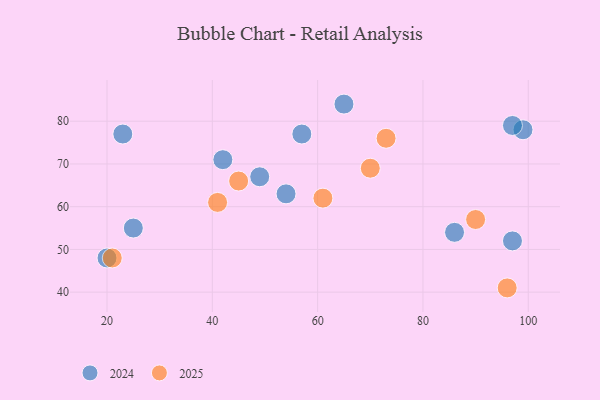
{"axis": {"x": "GDP", "y": "Life Expectancy"}, "legend": ["2024", "2025"], "data": [{"x": "65", "y": 84, "type": "2024"}, {"x": "57", "y": 77, "type": "2024"}, {"x": "25", "y": 55, "type": "2024"}, {"x": "42", "y": 71, "type": "2024"}, {"x": "23", "y": 77, "type": "2024"}, {"x": "20", "y": 48, "type": "2024"}, {"x": "49", "y": 67, "type": "2024"}, {"x": "54", "y": 63, "type": "2024"}, {"x": "86", "y": 54, "type": "2024"}, {"x": "99", "y": 78, "type": "2024"}, {"x": "97", "y": 79, "type": "2024"}, {"x": "97", "y": 52, "type": "2024"}, {"x": "73", "y": 76, "type": "2025"}, {"x": "90", "y": 57, "type": "2025"}, {"x": "21", "y": 48, "type": "2025"}, {"x": "45", "y": 66, "type": "2025"}, {"x": "70", "y": 69, "type": "2025"}, {"x": "96", "y": 41, "type": "2025"}, {"x": "61", "y": 62, "type": "2025"}, {"x": "41", "y": 61, "type": "2025"}]}